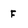
Character: F